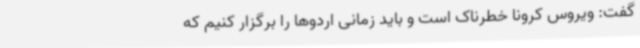
گفت: ویروس کرونا خطرناک است و باید زمانی اردوها را برگزار کنیم که